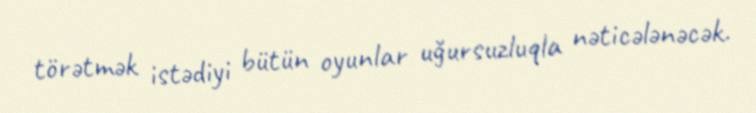
törətmək istədiyi bütün oyunlar uğursuzluqla nəticələnəcək.